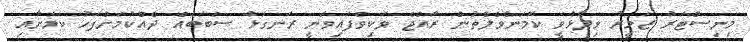
މިނިސްޓަރު ޒަމީރު ވިދާޅުވީ ކޮމަންވެލްތުން ރާއްޖެ ވަކިވެފައިވަނީ ރަނގަޅު ސަބަބެއް ދެއްކުމަށްފަހު ކަމަށާއި